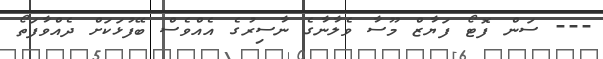
--- ސަން ފޮޓޯ ފަޔާޒް މޫސާ ވެލާނާގެ ނާސިރުގެ އެއްވެސް ބޭފުޅަކަށް ދެއްވާފަތޯ